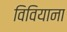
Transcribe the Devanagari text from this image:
विवियाना